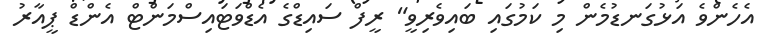
އެހެންވެ އަޅުގަނޑުމެން މި ކަމުގައި ބައިވެރިވީ" ރީފް ސައިޑްގެ އެޑްވަޓައިސްމަންޓް އެންޑް ޕީއާރު